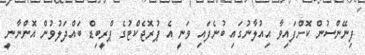
ފިނޭންސުން ކޮށްފައިވާ އިއުލާނުގައި ބުނެފައި ވަނީ އެ ޕުރޮޖެކްޓުގެ ޕްރީބިޑް ބައްދަލުވުން އޮންނާނީ